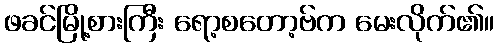
ဖခင်မြို့စားကြီး ရော့စတော့ဗ်က မေးလိုက်၏။